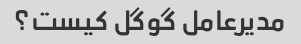
مدیرعامل گوگل کیست؟